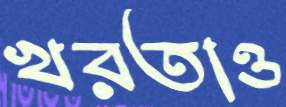
খরতাও